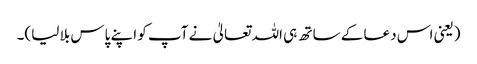
(یعنی اس دعا کے ساتھ ہی اللہ تعالیٰ نے آپ کو اپنے پاس بلا لیا)۔